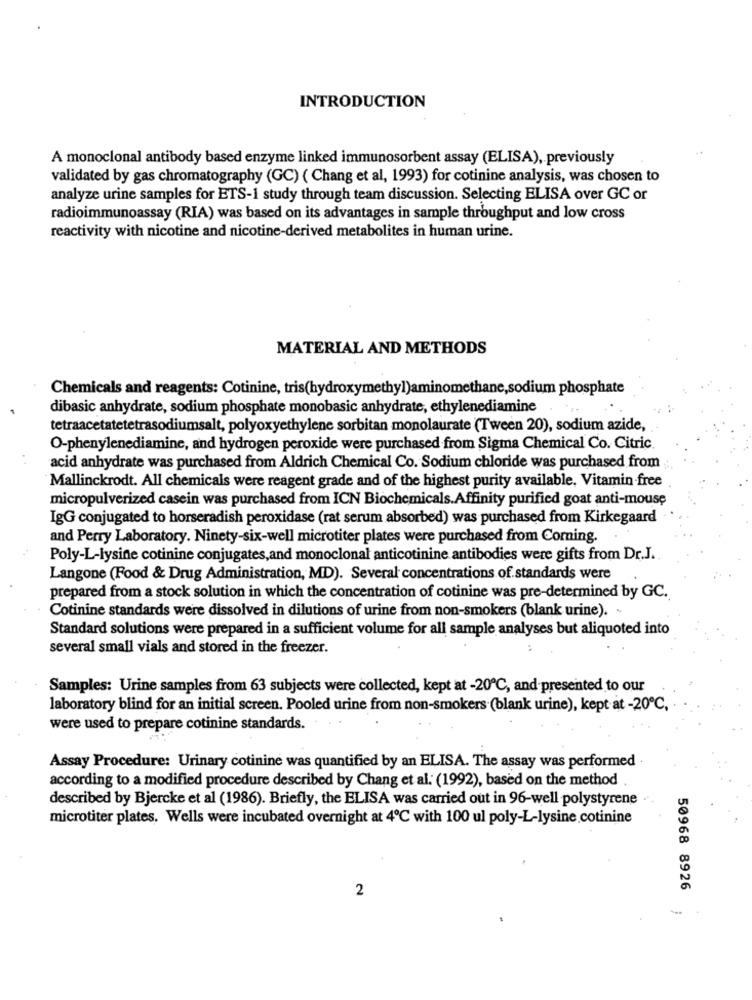
INTRODUCTION
A monoclonal antibody based enzyme linked immunosorbent assay (ELISA), previously
validated by gas chromatography (GC) ( Chang et al, 1993) for cotinine analysis, was chosen to
analyze urine samples for ETS-1 study through team discussion. Selecting ELISA over GC or
radioimmunoassay (RIA) was based on its advantages in sample throughput and low cross
reactivity with nicotine and nicotine-derived metabolites in human urine.
MATERIAL AND METHODS
Chemicals and reagents: Cotinine, tris(hydroxymethyl)aminomethane,sodium phosphate
dibasic anhydrate, sodium phosphate monobasic anhydrate, ethylenediamine
tetraacetatetetrasodiumsalt, polyoxyethylene sorbitan monolaurate (Tween 20), sodium azide,
O-phenylenediamine, and hydrogen peroxide were purchased from Sigma Chemical Co. Citric.
acid anhydrate was purchased from Aldrich Chemical Co. Sodium chloride was purchased from
Mallinckrodt. All chemicals were reagent grade and of the highest purity available, Vitamin-free
micropulverized casein was purchased from ICN Biochemicals.Affinity purified goat anti-mouse
IgG conjugated to horseradish peroxidase (rat serum absorbed) was purchased from Kirkegaard
and Perry Laboratory. Ninety-six-well microtiter plates were purchased from Corning.
Poly-L-lysine cotinine conjugates,and monoclonal anticotinine antibodies were gifts from Dr.J.
Langone (Food & Drug Administration, MD). Several concentrations of standards were
prepared from a stock solution in which the concentration of cotinine was pre-determined by GC.
Cotinine standards were dissolved in dilutions of urine from non-smokers (blank urine). -
Standard solutions were prepared in a sufficient volume for all sample analyses but aliquoted into
several small vials and stored in the freezer.
Samples: Urine samples from 63 subjects were collected, kept at -20℃, and presented to our
laboratory blind for an initial screen. Pooled urine from non-smokers (blank urine), kept at -20℃,
were used to prepare cotinine standards.
Assay Procedure: Urinary cotinine was quantified by an ELISA. The assay was performed .
according to a modified procedure described by Chang et al. (1992), based on the method.
described by Bjercke et al (1986). Briefly, the ELISA was carried out in 96-well polystyrene
microtiter plates. Wells were incubated overnight at 4℃ with 100 ul poly-L-lysine cotinine
2
50968 8926